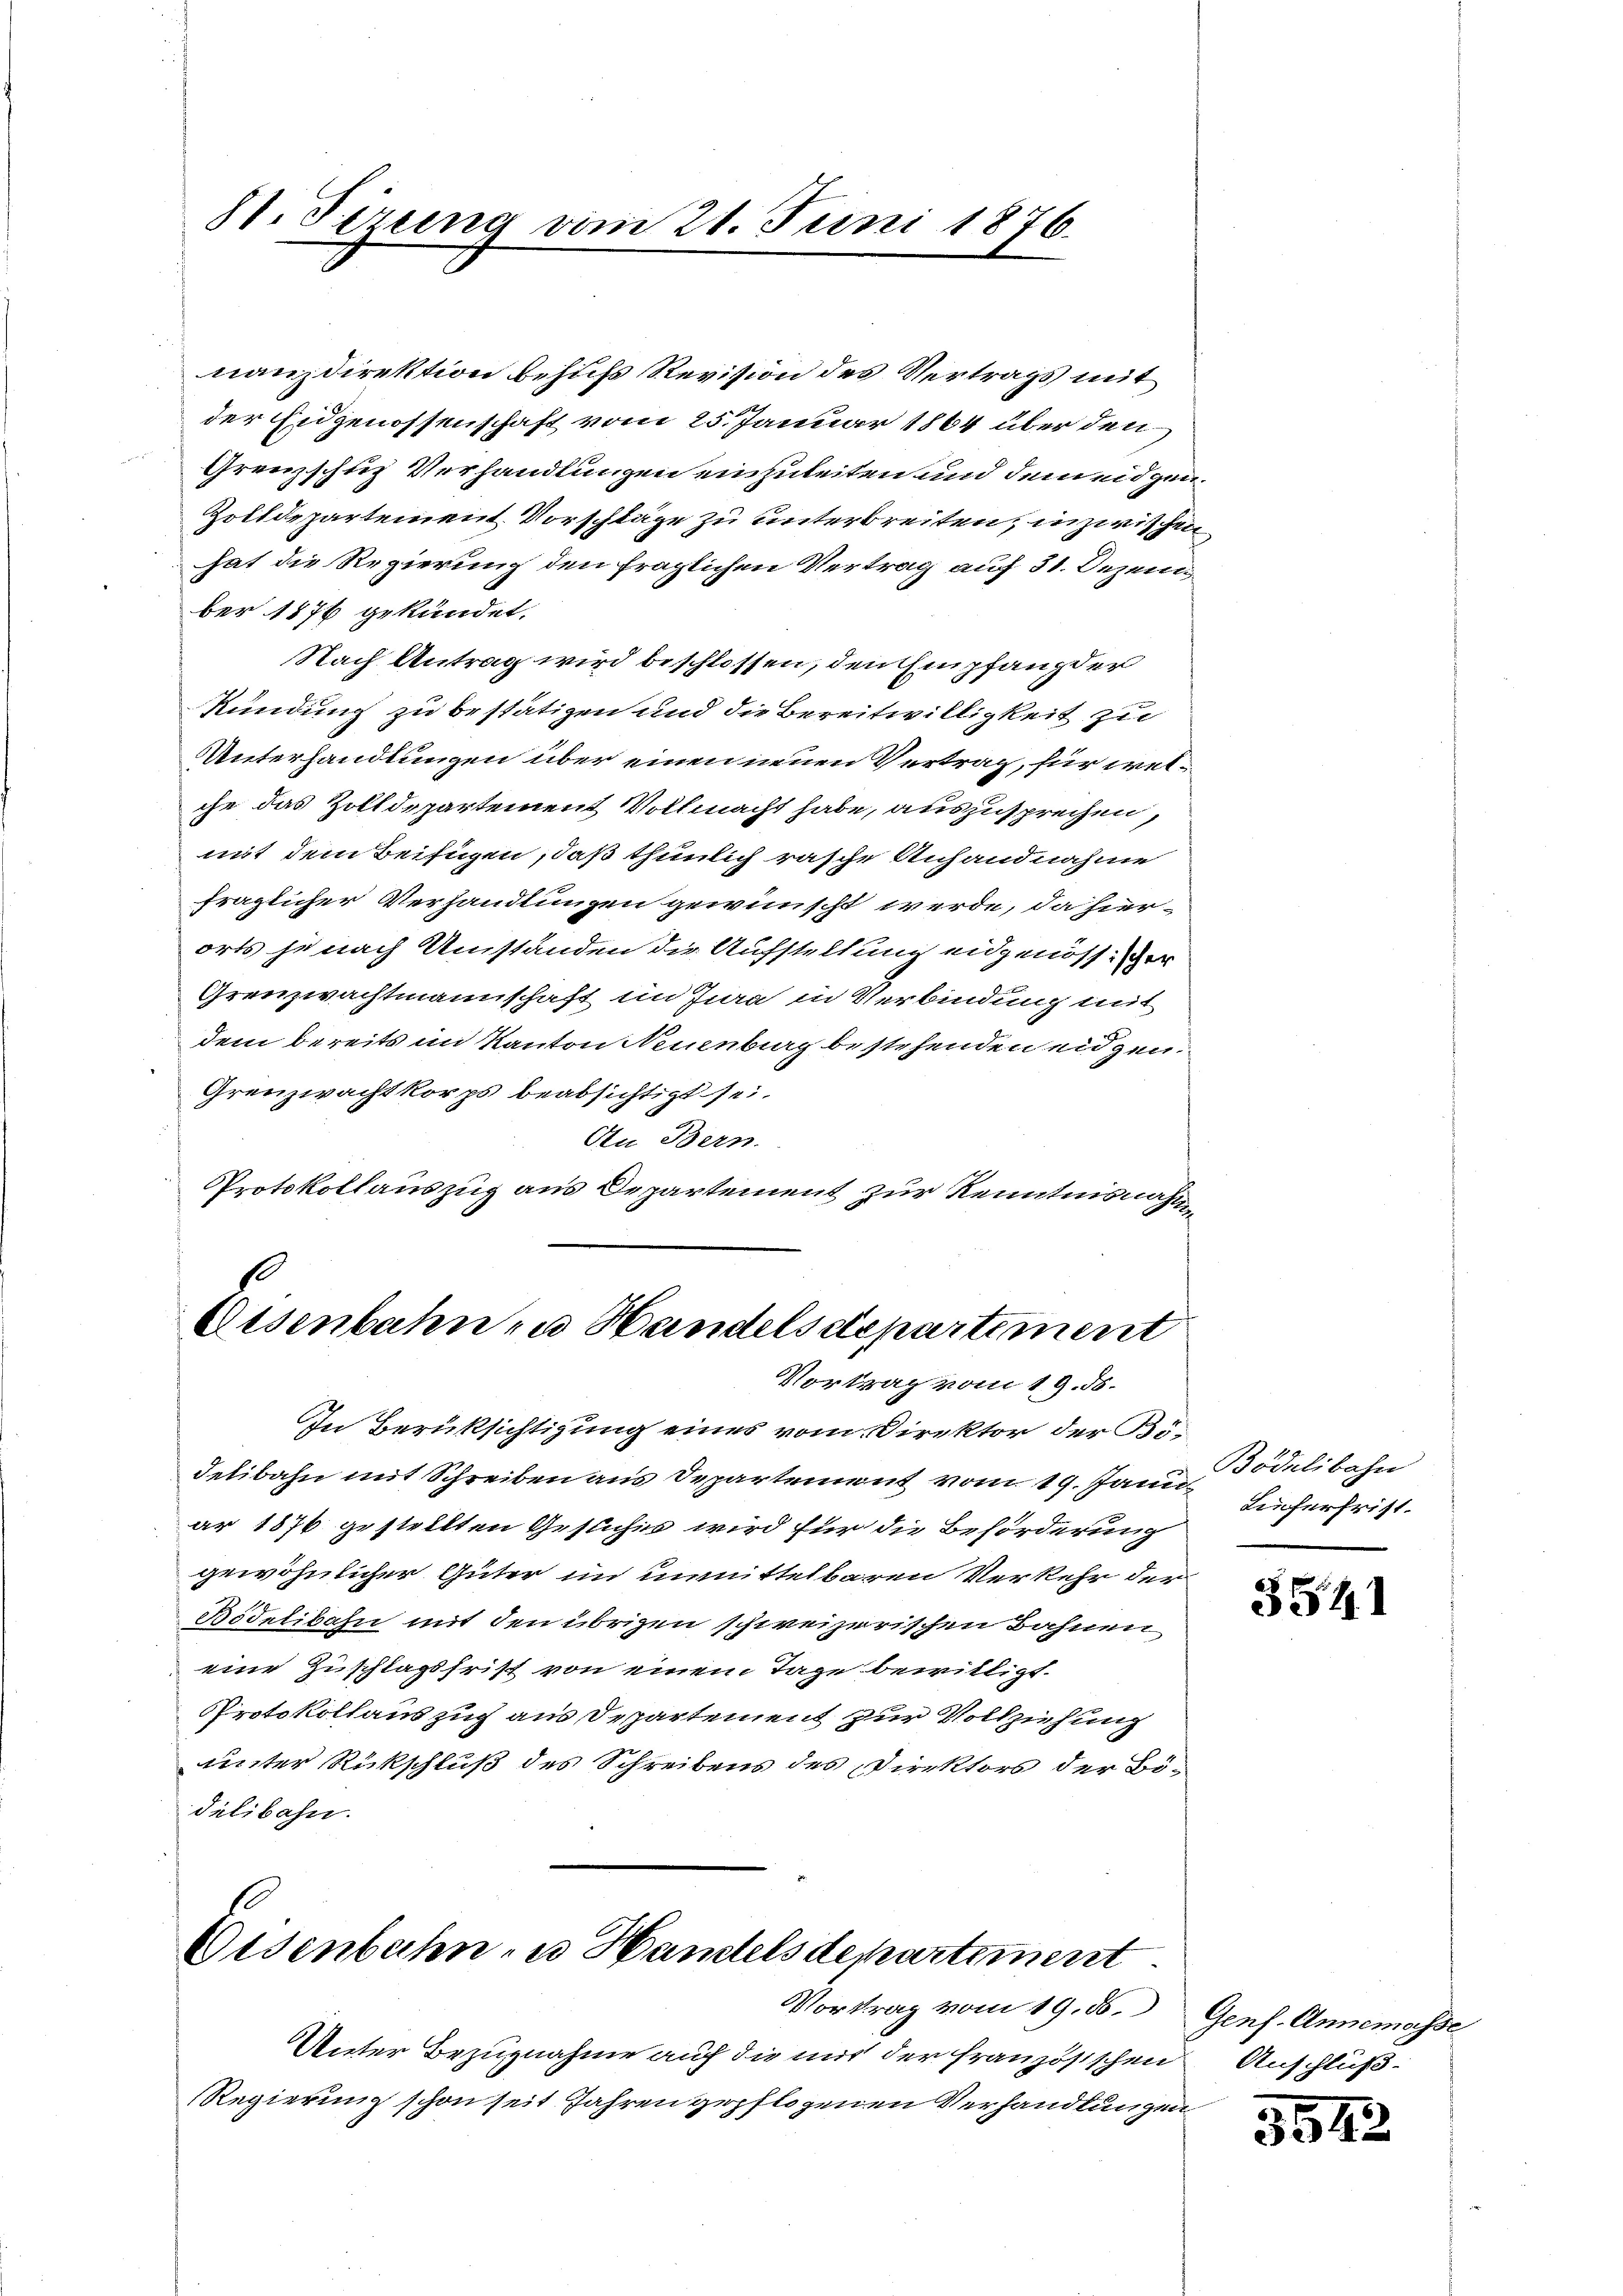
81. Ferung vom 21. Juni 1876.

nanzdirektion behufs Revision des Vertrags mit
der Eidgenossenschaft vom 25. Januar 1864 über den
Grenzschuz Verhandlungen einzuleiten und dem eidgen
Zolldepartement. Vorschläge zu unterbreiten, inzwischen
hat die Regierung den fraglichen Vertrag auf 31. Dezember 1876 gekündet.
Nach Antrag wird beschlossen, den Empfang der
kündung zu bestätigen und die Bereitwilligkeit zu
Unterhandlungen über einen neuen Vertrag, für welche das Zolldepartement Vollmacht habe, auszusprechen,
mit dem Beifügen, daß thunlich rasche Anhandnahme
fraglicher Verhandlungen gewünscht werde, da hierorts je nach Umständen die Aufstellung eidgenössiger
Grenzwachtmannschaft im Jura in Verbindung mit
dem bereits im Kanton Neuenburg bestehenden eidgen.
Grenzwacht korps beabsichtigt sei.
An Bern.
Protokollauszug aus Departement zur Kenntnisnahm
s

Eisenbahn zu Handelsdepartiment
Vortrag vom 19. ds.

In Berüksichtigung eines vom Direktor der Bödelibahn mit Schreiben aus Departement vom 19. Jann Pödelibahn
ar 1876 gestellten Gesuchen wird für die Beförderung
gewöhnlicher Güter im unmittelbaren Verkehr der
Bödelibahn mit den übrigen schweizerischen Bahnen
eine Zuschlagsfrist von einem Tage bewilligt.
Protokollauszug aus Departement zur Vollziehung
unter Rückschluß des Schreibens des Direktors der Bödilibahn.

Disenbahn- u. Handelsdepartement.

Vortrag vom 19. ds. Genf. Annemasse
Unter Bezugnahme auf die mit der französischen Anschluß¬
Regierung schon seit Jahren gepflogenen Verhandlungen

Lieferfrist.

3541

3542